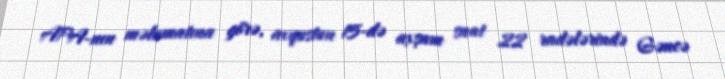
APA-nın məlumatına görə, avqustun 15-də axşam saat 22 radələrində Gəncə